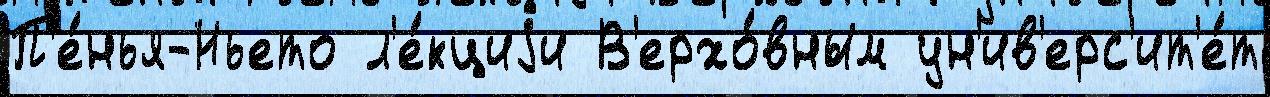
П'е́нья-Ньето л'е́кциjи В'ерхо́вным ун'ив'ерс'ит'е́т